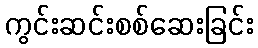
ကွင်းဆင်းစစ်ဆေးခြင်း